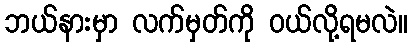
ဘယ်နားမှာ လက်မှတ်ကို ဝယ်လို့ရမလဲ။